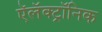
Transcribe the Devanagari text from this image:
ऍलॅक्ट्रॉनिक